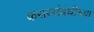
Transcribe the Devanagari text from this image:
करारसंबंधीच्या